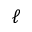
\ell